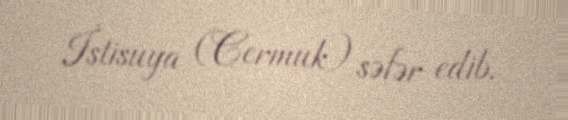
İstisuya (Cermuk) səfər edib.